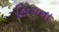
લિગના